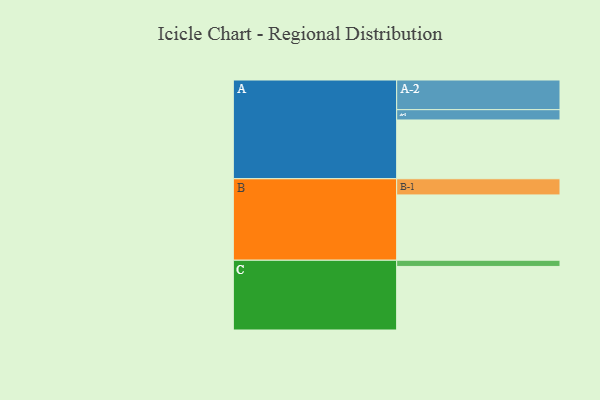
{"axis": {"x": "Segment", "y": "Value"}, "legend": ["", "A", "B", "C"], "data": [{"x": "A", "y": 531, "type": ""}, {"x": "B", "y": 590, "type": ""}, {"x": "C", "y": 574, "type": ""}, {"x": "A-1", "y": 93, "type": "A"}, {"x": "A-2", "y": 268, "type": "A"}, {"x": "B-1", "y": 146, "type": "B"}, {"x": "C-1", "y": 56, "type": "C"}]}